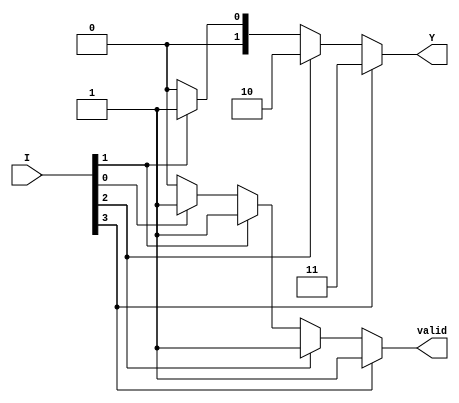
module priority_encoder (
    input wire [3:0] I,  // 4 input lines
    output reg [1:0] Y,  // 2-bit output for the highest priority active input
    output reg valid      // Output to indicate if any input is active
);

always @(*) begin
    // Default outputs
    Y = 2'b00;           // Default output
    valid = 1'b0;       // Default valid output

    // Priority encoding logic
    if (I[3]) begin
        Y = 2'b11;      // I3 is active
        valid = 1'b1;   // At least one input is active
    end else if (I[2]) begin
        Y = 2'b10;      // I2 is active
        valid = 1'b1;   // At least one input is active
    end else if (I[1]) begin
        Y = 2'b01;      // I1 is active
        valid = 1'b1;   // At least one input is active
    end else if (I[0]) begin
        Y = 2'b00;      // I0 is active
        valid = 1'b1;   // At least one input is active
    end
end

endmodule